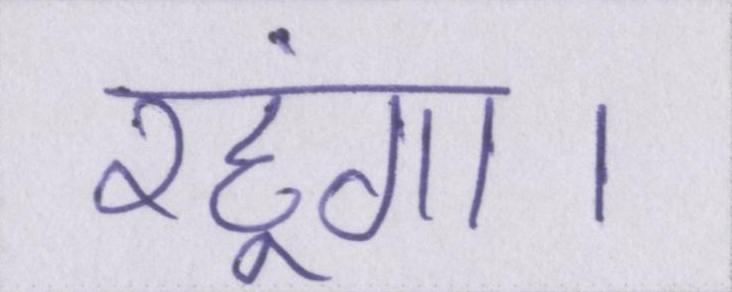
रहूंगा।